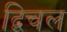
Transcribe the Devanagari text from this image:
द्विचल